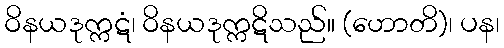
ဝိနယဒုက္ကဋံ၊ ဝိနယဒုက္ကဋိသည်။ (ဟောတိ)၊ ပန၊